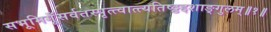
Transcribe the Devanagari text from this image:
सभूमिगूँसर्वतस्पृत्त्वात्त्यतिष्ठ्ठद्दशाङ्गुलम्॥१॥